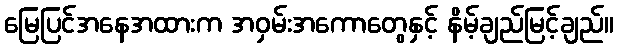
မြေပြင်အနေအထားက အဝှမ်းအကောတွေနှင့် နိမ့်ချည်မြင့်ချည်။